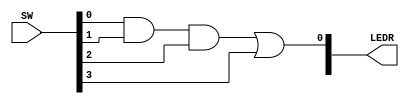
module TopLevel (
    input [9:0] SW,
    output [9:0] LEDR
);

reg openDoor;
reg safeOpen;

assign LEDR[0] = openDoor;

always @(*) begin
    
    safeOpen = SW[0] & SW[1] & SW[2];

    openDoor = safeOpen | SW[3];

end
    
endmodule